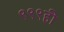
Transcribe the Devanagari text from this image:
९९९ही